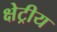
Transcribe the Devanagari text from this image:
क्षेट्रीय